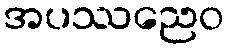
အပဿညေဝ